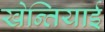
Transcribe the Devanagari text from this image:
खेन्तियाई